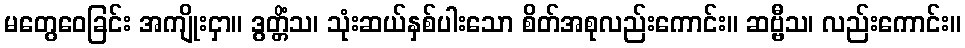
မတွေဝေခြင်း အကျိုးငှာ။ ဒွတ္တိံသ၊ သုံးဆယ်နှစ်ပါးသော စိတ်အစုလည်းကောင်း။ ဆဗ္ဗီသ၊ လည်းကောင်း။